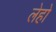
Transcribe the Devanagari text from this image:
लेहो